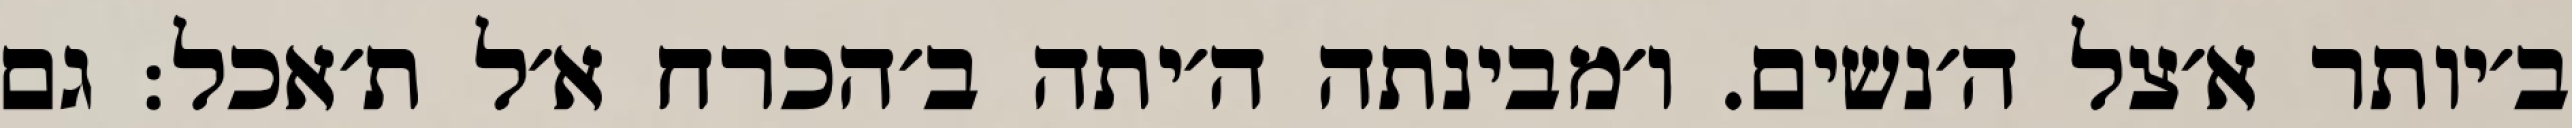
ב׳יותר א׳צל ה׳נשים. ו׳מבינתה ה׳יתה ב׳הכרח א׳ל ת׳אכל: גם